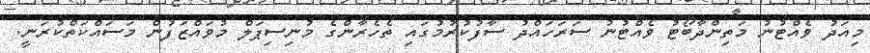
މިއަދު ވެއްޓުނު މަތިންދާބޯޓު ވެއްޓުނު ސަރަހައްދު ސާފުކުރުމުގައި ތެހެރާންގެ މުނިސިޕަލް މުވައްޒަފުން މަސައްކަތްކުރަނީ.